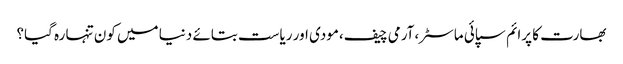
بھارت کا پرائم سپائی ماسٹر،آرمی چیف،مودی اور ریاست بتائے دنیا میں کون تنہا رہ گیا؟